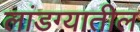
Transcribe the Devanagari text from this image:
लांडग्यातील